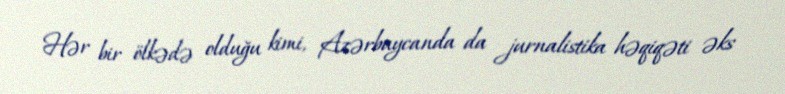
Hər bir ölkədə olduğu kimi, Azərbaycanda da jurnalistika həqiqəti əks